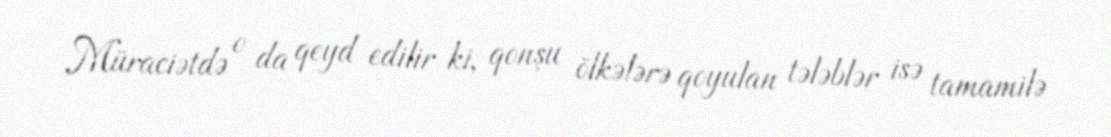
Müraciətdə o da qeyd edilir ki, qonşu ölkələrə qoyulan tələblər isə tamamilə